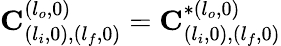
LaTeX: \mathbf{C}_{(l_{i},0),(l_{f},0)}^{(l_{o},0)}=\mathbf{C}_{(l_{i},0),(l_{f},0)}^{*(l_{o},0)}